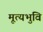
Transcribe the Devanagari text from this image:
मूत्यभुवि